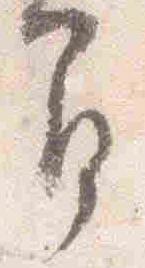
間